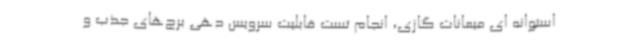
استوانه ای میعانات گازی، انجام تست قابلیت سرویس دهی برج‌های جذب و